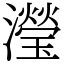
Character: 瀅